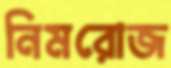
নিমরোজ